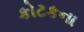
કોટકના